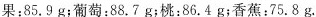
果：85.9g；葡萄：88.7g；桃：86.4g；香蕉：75.8g。